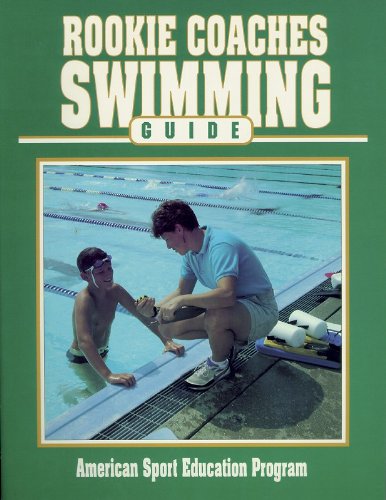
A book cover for Rookie Coaches Swimming Guide (Rookie Coaches Guide); American Sport Education Program; Sports & Outdoors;